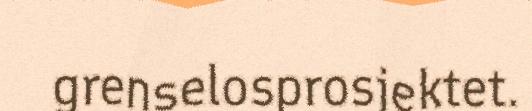
grenselosprosjektet.